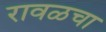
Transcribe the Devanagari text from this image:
रावळचा